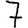
Digit: 7